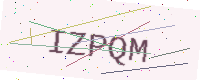
Text: IZPQM